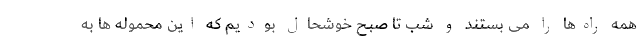
همه راه‌ها را می بستند و شب تا صبح خوشحال بودیم که این محموله ها به